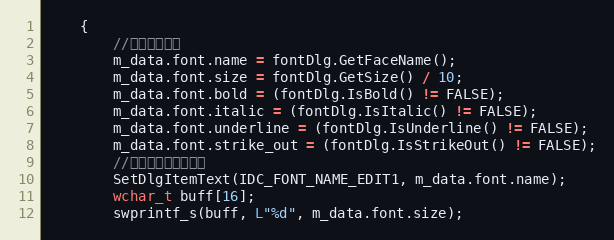
Language: C++
	{
		//获取字体信息
		m_data.font.name = fontDlg.GetFaceName();
		m_data.font.size = fontDlg.GetSize() / 10;
		m_data.font.bold = (fontDlg.IsBold() != FALSE);
		m_data.font.italic = (fontDlg.IsItalic() != FALSE);
		m_data.font.underline = (fontDlg.IsUnderline() != FALSE);
		m_data.font.strike_out = (fontDlg.IsStrikeOut() != FALSE);
		//将字体信息显示出来
		SetDlgItemText(IDC_FONT_NAME_EDIT1, m_data.font.name);
		wchar_t buff[16];
		swprintf_s(buff, L"%d", m_data.font.size);